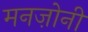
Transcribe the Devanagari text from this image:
मनज़ोनी